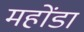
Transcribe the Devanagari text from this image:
महोंडा